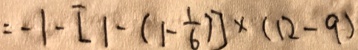
= - 1 - [ 1 - ( 1 - \frac { 1 } { 6 } ) ] \times ( 1 2 - 9 )